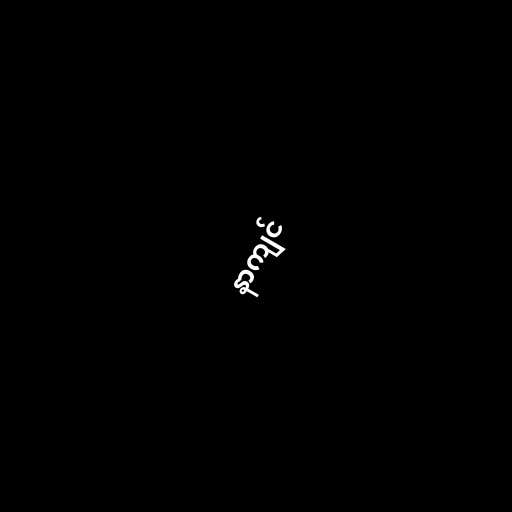
နာကျင်